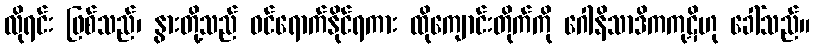
လိုရင်း ဖြစ်သည်၊ နွားတို့သည် ဝင်ရောက်နိုင်ရကား ထိုကျောင်းတိုက်ကို ဂေါနိသာဒိကကုဋိဟု ခေါ်သည်။